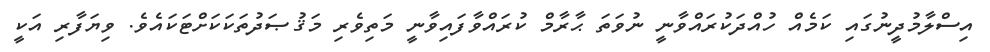
އިސްލާމުދީނުގައި ކަމެއް ހުއްދަކުރައްވާނީ ނުވަތަ ޙާރާމް ކުރައްވާފައިވާނީ މަތިވެރި މަޤުޞަދުތަކަކަށްޓަކައެވެ. ވިޔަފާރި އަކީ